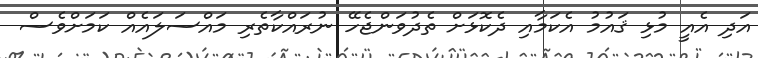
އަދި އެއީ މުޅި ޤައުމު އެކަމާއި ދެކޮޅަށް ތެދުވަންޖެހޭ ނުރައްކާތެރި މައްސަލައެއް ކަމަށްވެސް